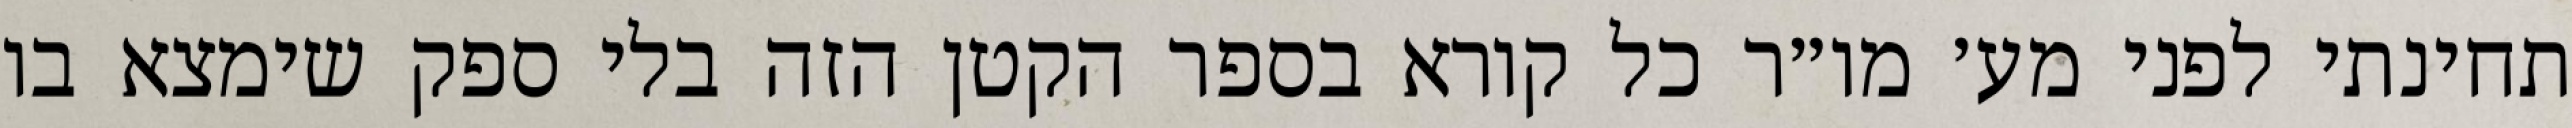
תחינתי לפני מע׳ מו״ר כל קורא בספר הקטן הזה בלי ספק שימצא בו